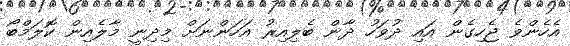
އެހެންވެ ޖެހިގެން އައި ދުވަހު ދާން ބެލިއިރު އަހަންނަށް މިދިނީ މާލެއިން ކޮލަމްބޯ